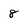
Character: 8